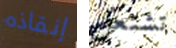
إنقاذه تشتعل